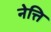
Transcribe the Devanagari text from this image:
नेत्ति